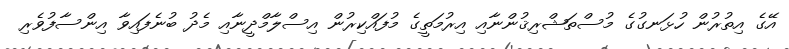
އޭގެ އިތުރުން ހުޅަނގުގެ މުސްތަޝްރިޤުންނާއި އިރުމަތީގެ މުފައްކިރުން އިސްލާމްދީނާއި މެދު ބުނެފައިވާ އިންސާފުވެރި